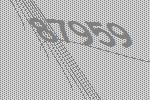
87959